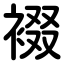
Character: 裰